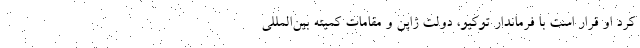
کرد او قرار است با فرماندار توکیو، دولت ژاپن و مقامات کمیته بین‌المللی